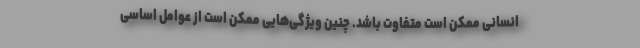
انسانی ممکن است متفاوت باشد. چنین ویژگی‌هایی ممکن است از عوامل اساسی